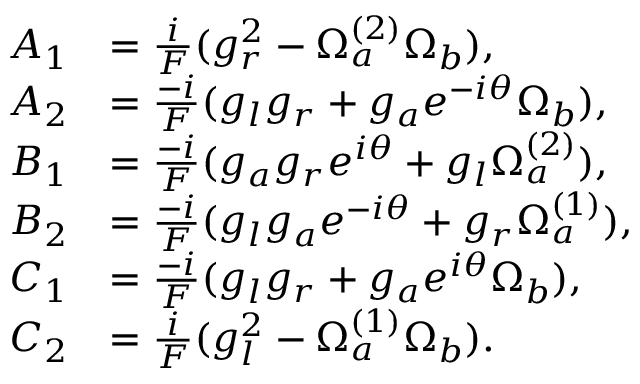
\begin{array} { r l } { A _ { 1 } } & { = \frac { i } { F } ( g _ { r } ^ { 2 } - \Omega _ { a } ^ { ( 2 ) } \Omega _ { b } ) , } \\ { A _ { 2 } } & { = \frac { - i } { F } ( g _ { l } g _ { r } + g _ { a } e ^ { - i \theta } \Omega _ { b } ) , } \\ { B _ { 1 } } & { = \frac { - i } { F } ( g _ { a } g _ { r } e ^ { i \theta } + g _ { l } \Omega _ { a } ^ { ( 2 ) } ) , } \\ { B _ { 2 } } & { = \frac { - i } { F } ( g _ { l } g _ { a } e ^ { - i \theta } + g _ { r } \Omega _ { a } ^ { ( 1 ) } ) , } \\ { C _ { 1 } } & { = \frac { - i } { F } ( g _ { l } g _ { r } + g _ { a } e ^ { i \theta } \Omega _ { b } ) , } \\ { C _ { 2 } } & { = \frac { i } { F } ( g _ { l } ^ { 2 } - \Omega _ { a } ^ { ( 1 ) } \Omega _ { b } ) . } \end{array}